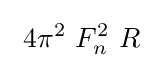
\ 4\pi ^{2}\ F_{n}^{2}\ R\